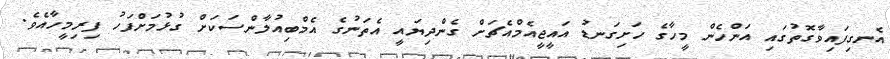
އެނގިފައިވާގޮތުގައި އަންހެން މީހާގެ ހަށިގަނޑު އައީޖީއެމްއެޗަށް ގެންދިޔައީ އެތަނުގެ އެމްބިއުލާންސަކަށް ގުޅުމަށްފަހު ފިރިމީހާއެވެ.